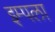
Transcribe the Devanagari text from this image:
इम्पला